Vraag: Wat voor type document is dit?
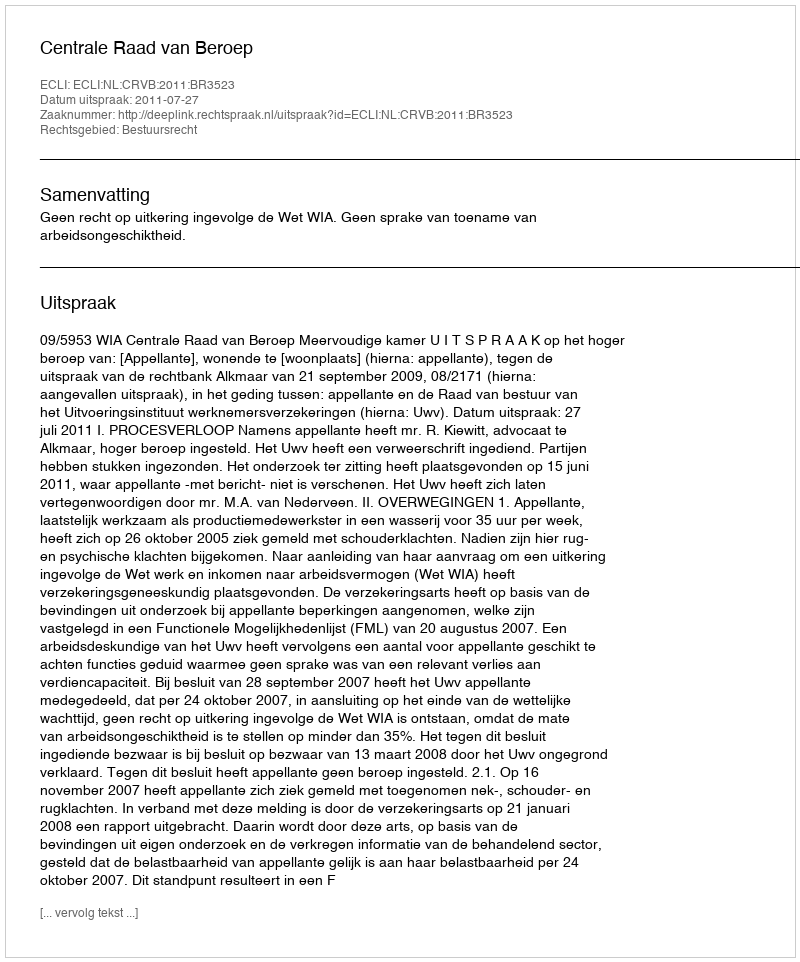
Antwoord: Uitspraak